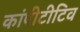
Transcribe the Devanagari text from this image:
कांपीटीटिव